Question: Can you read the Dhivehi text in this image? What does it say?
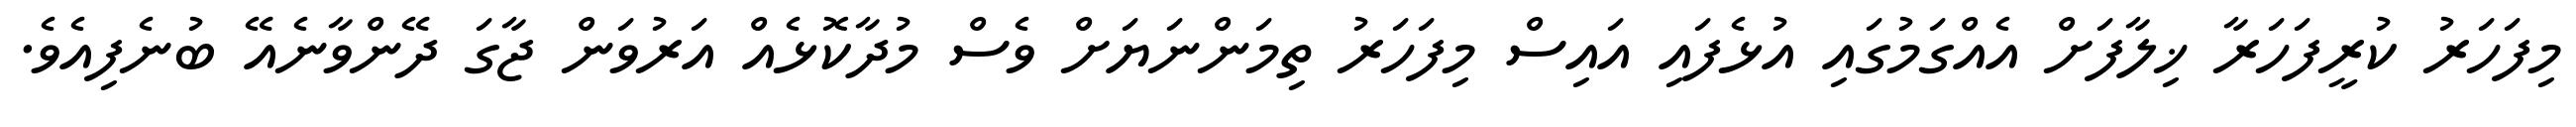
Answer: މިފަހަރު ކުރީފަހަރާ ޚިލާފަށް އެއްގަމުގައި އުޅެފައި އައިސް މިފަހަރު ތިމަންނަޔަށް ވެސް މުދާކޮޅެއް އަރުވަން ޖާގަ ދޭންވާނެއޭ ބުނެފިއެވެ.